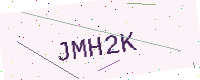
Text: JMH2K